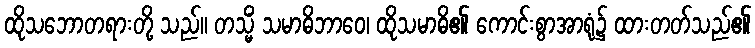
ထိုသဘောတရားတို့ သည်။ တသ္မိံ သမာဓိဘာဝေ၊ ထိုသမာဓိ၏ ကောင်းစွာအာရုံ၌ ထားတတ်သည်၏